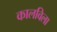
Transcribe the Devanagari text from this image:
कालविला